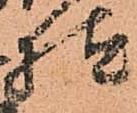
様